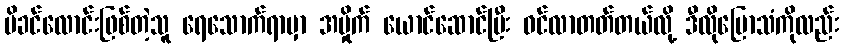
မိခင်လောင်းဖြစ်တဲ့သူ ရေသောက်ရာမှာ အမှိုက် ယောင်ဆောင်ပြီး ဝင်လာတတ်တယ်လို့ ဒီလိုပြောသံကိုလည်း